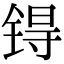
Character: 锝